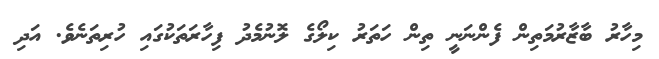
މިހާރު ބާޒާރުމަތިން ފެންނަނީ ތިން ހަތަރު ކިލޯގެ ލޮނުމެދު ފިހާރަތަކުގައި ހުރިތަނެވެ. އަދި